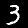
Label: 3